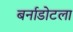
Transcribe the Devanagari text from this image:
बर्नाडोटला